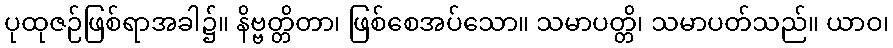
ပုထုဇဉ်ဖြစ်ရာအခါ၌။ နိဗ္ဗတ္တိတာ၊ ဖြစ်စေအပ်သော။ သမာပတ္တိ၊ သမာပတ်သည်။ ယာဝ၊